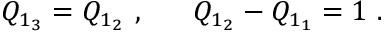
Q _ { 1 _ { 3 } } = Q _ { 1 _ { 2 } } ~ , ~ ~ ~ ~ ~ Q _ { 1 _ { 2 } } - Q _ { 1 _ { 1 } } = 1 ~ .